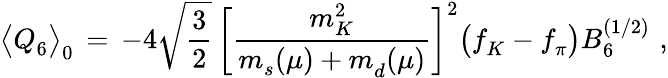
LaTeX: \bigl\langle Q_{6}^{}\bigr\rangle_{0}^{}\, =\, -4\sqrt{\frac{3}{2}}\, \biggl[\frac{m_{K}^{2}}{m_{s}^{}(\mu)+m_{d}^{}(\mu)}\biggr]^{2}\bigl(f_{K}^{}-f_{\pi}^{}\bigr)B_{6}^{(1/2)}\, \, ,